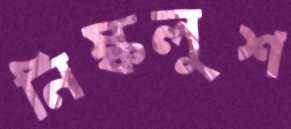
নিষ্কলুশ